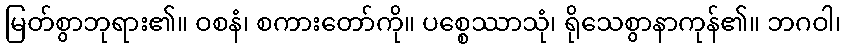
မြတ်စွာဘုရား၏။ ဝစနံ၊ စကားတော်ကို။ ပစ္စေဿာသုံ၊ ရိုသေစွာနာကုန်၏။ ဘဂဝါ၊